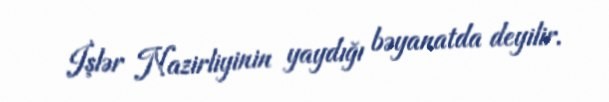
İşlər Nazirliyinin yaydığı bəyanatda deyilir.